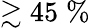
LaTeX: \gtrsim 45\; \%